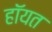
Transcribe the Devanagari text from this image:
हॉयत